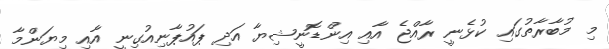
މި މުބާރާތުގައި ކުޅެނީ ރާއްޖެ އާއި އިންޑޮނީޝިޔާ އަދި ޕައުޕާނިއުގިނީ އާއި މިޔަންމާ